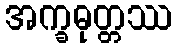
အက္ခဓုတ္တဿ